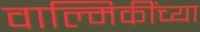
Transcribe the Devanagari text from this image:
वाल्मिकींच्या